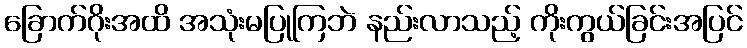
ခြောက်ဂိုးအထိ အသုံးမပြုကြဘဲ နည်းလာသည့် ကိုးကွယ်ခြင်းအပြင်